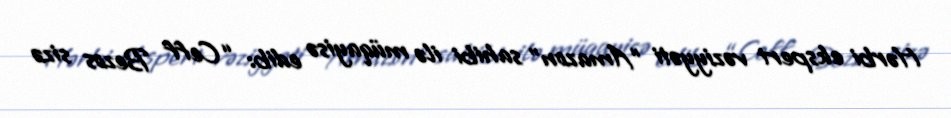
Hərbi ekspert vəziyyəti “Amazon” sahibi ilə müqayisə edib: “Ceff Bezos sizə